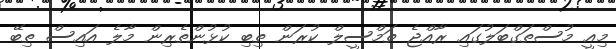
މިއީ މުސްތަގްބަލުގައި ރާއްޖެ ތަމްސީލް ކުރަން ތިބި ކުޅުންތެރިން މާލެ އައިސް ތިބޭ